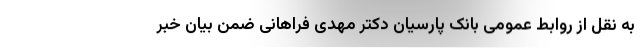
به نقل از روابط عمومی بانک پارسیان دکتر مهدی فراهانی ضمن بیان خبر